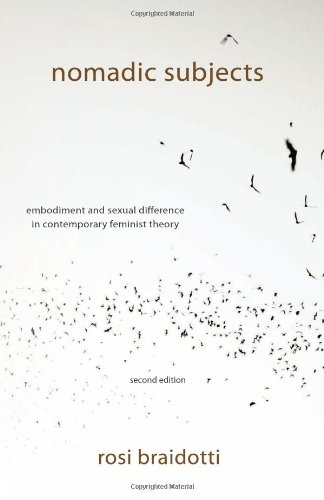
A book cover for Nomadic Subjects: Embodiment and Sexual Difference in Contemporary Feminist Theory (Gender and Culture Series); Rosi Braidotti; Gay & Lesbian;